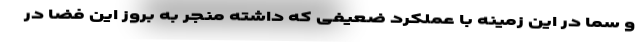
و سما در این زمینه با عملکرد ضعیفی که داشته منجر به بروز این فضا در